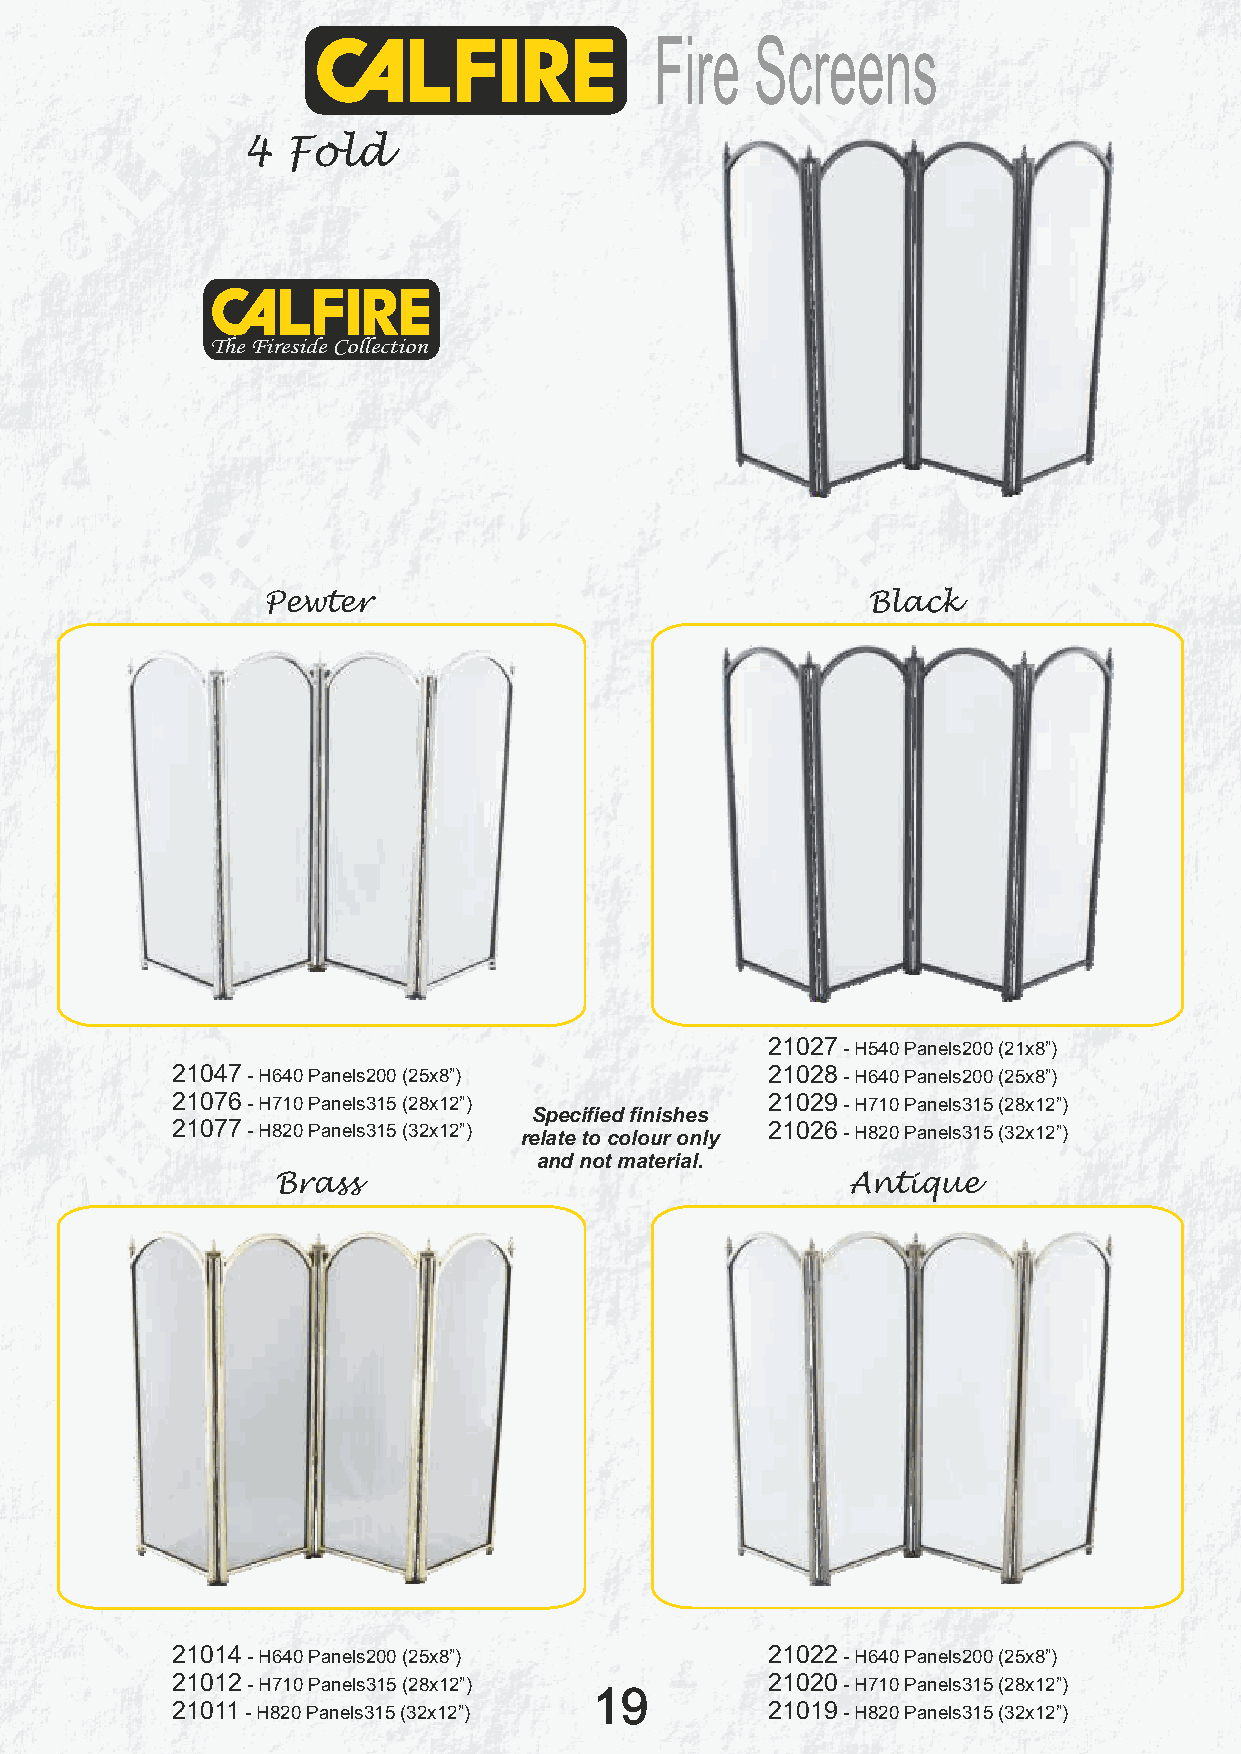
Fire   Screens
 4  Fold
 The Fireside Collection
 Pewter                                  Black
 21027 - H540 Panels200 (21x8”)
 21047 - H640 Panels200 (25x8”)          21028 - H640 Panels200 (25x8”)
 21076 - H710 Panels315 (28x12”)         21029 - H710 Panels315 (28x12”)
 Specified finishes
 21077 - H820 Panels315 (32x12”) relate to colour only 21026 - H820 Panels315 (32x12”)
 and not material.
 Brass                                 Antique
 21014 - H640 Panels200 (25x8”)          21022 - H640 Panels200 (25x8”)
 21012 - H710 Panels315 (28x12”)         21020 - H710 Panels315 (28x12”)
 19
 21011 - H820 Panels315 (32x12”)         21019 - H820 Panels315 (32x12”)